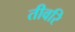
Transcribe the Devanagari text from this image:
तीवरि